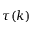
\tau ( k )